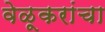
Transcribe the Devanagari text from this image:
वेळूकरांचा